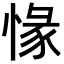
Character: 㥟